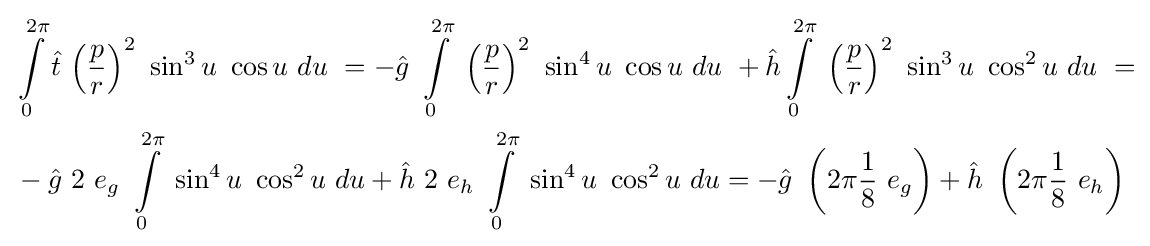
{\begin{aligned}&\int \limits _{0}^{2\pi }{\hat {t}}\ {\left({\frac {p}{r}}\right)}^{2}\ \sin ^{3}u\ \cos u\ du\ =-{\hat {g}}\ \int \limits _{0}^{2\pi }\ {\left({\frac {p}{r}}\right)}^{2}\ \sin ^{4}u\ \cos u\ du\ +{\hat {h}}\int \limits _{0}^{2\pi }\ {\left({\frac {p}{r}}\right)}^{2}\ \sin ^{3}u\ \cos ^{2}u\ du\ =\\&-{\hat {g}}\ 2\ e_{g}\ \int \limits _{0}^{2\pi }\ \sin ^{4}u\ \cos ^{2}u\ du+{\hat {h}}\ 2\ e_{h}\ \int \limits _{0}^{2\pi }\ \sin ^{4}u\ \cos ^{2}u\ du=-{\hat {g}}\ \left(2\pi {\frac {1}{8}}\ e_{g}\right)+{\hat {h}}\ \left(2\pi {\frac {1}{8}}\ e_{h}\right)\end{aligned}}